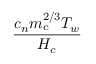
\frac { c _ { n } m _ { c } ^ { 2 / 3 } T _ { w } } { H _ { c } }